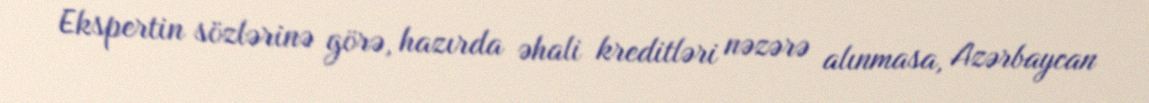
Ekspertin sözlərinə görə, hazırda əhali kreditləri nəzərə alınmasa, Azərbaycan